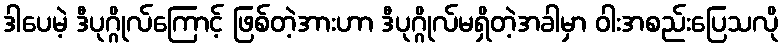
ဒါပေမဲ့ ဒီပုဂ္ဂိုလ်ကြောင့် ဖြစ်တဲ့အားဟာ ဒီပုဂ္ဂိုလ်မရှိတဲ့အခါမှာ ဝါးအစည်းပြေသလို